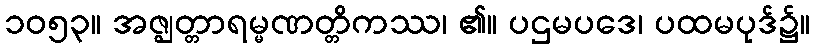
၁၀၅၃။ အဇ္ဈတ္တာရမ္မဏတ္တိကဿ၊ ၏။ ပဌမပဒေ၊ ပထမပုဒ်၌။